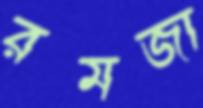
রমজা